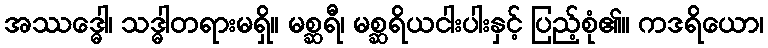
အဿဒ္ဓေါ၊ သဒ္ဓါတရားမရှိ။ မစ္ဆရီ၊ မစ္ဆရိယငါးပါးနှင့် ပြည့်စုံ၏။ ကဒရိယော၊